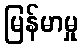
မြန်မာမှု